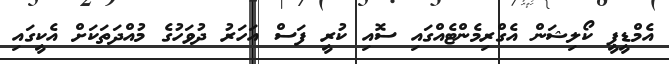
އެމްޑީޕީ ކޯލިޝަން އެގްރިމެންޓެއްގައި ސޮއި ކުރީ ފަސް އަހަރު ދުވަހުގެ މުއްދަތަކަށް އެކީގައި